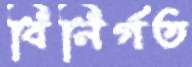
বিনির্গত